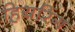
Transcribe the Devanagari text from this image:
हियरिंग